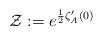
LaTeX: \begin{align*}\mathcal{Z}:=e^{\frac{1}{2}\zeta_A'(0)}\end{align*}